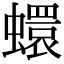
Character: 蠉